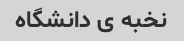
نخبه ی‌ دانشگاه